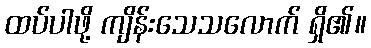
ထပ်ပါဖို့ ကျိန်းသေသလောက် ရှိ၏။